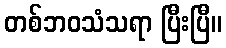
တစ်ဘဝသံသရာ ပြီးပြီ။